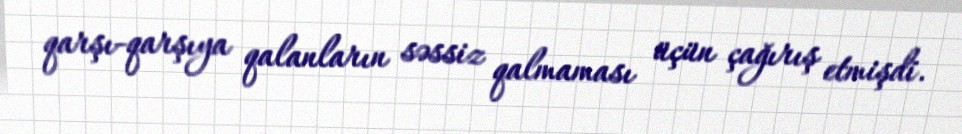
qarşı-qarşıya qalanların səssiz qalmaması üçün çağırış etmişdi.